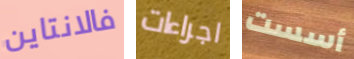
فالانتاين اجراءات أسست